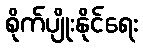
စိုက်ပျိုးနိုင်ရေး